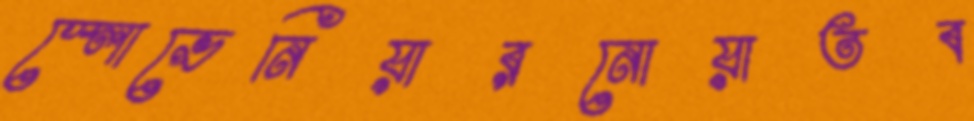
স্লোভেনিয়ারনোয়াতব